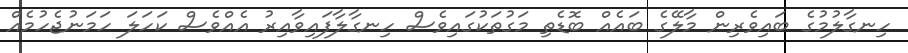
ހިނގާލުމުގެ ބައިވެރިން މާލޭގެ ބައެއް ބޮޑެތި މަގުތަކުގައިވެސް ހިނގާލާފައިވާއިރު އެއްވެސް ކަހަލަ ހަމަނުޖެހުމެއް